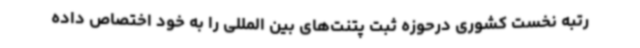
رتبه نخست کشوری درحوزه ثبت پتنت‌های بین المللی را به خود اختصاص داده